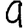
Digit: 9